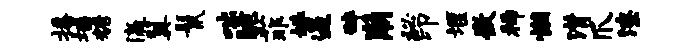
播墙糖瀛翼鬣咄脆菲姝遏碎崩秘印堰微稀懒潸爪潦